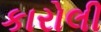
કારોલી